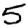
Digit: 5